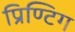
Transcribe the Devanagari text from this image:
प्रिण्टिग